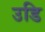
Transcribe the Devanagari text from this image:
उडि